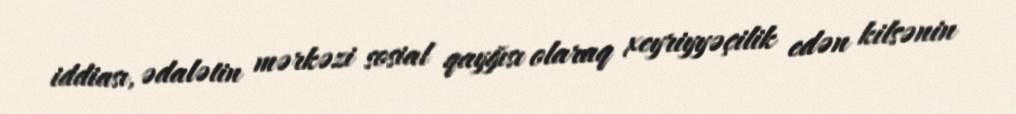
iddiası, ədalətin mərkəzi sosial qayğısı olaraq xeyriyyəçilik edən kilsənin